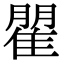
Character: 𮥾